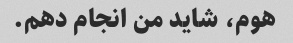
هوم، شاید من انجام دهم.